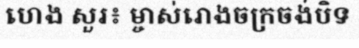
ហេង សួរ៖ ម្ចាស់រោងចក្រចង់បិទ